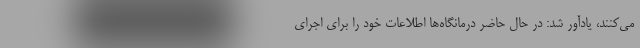
می‌کنند، یادآور شد: در حال حاضر درمانگاه‌ها اطلاعات خود را برای اجرای